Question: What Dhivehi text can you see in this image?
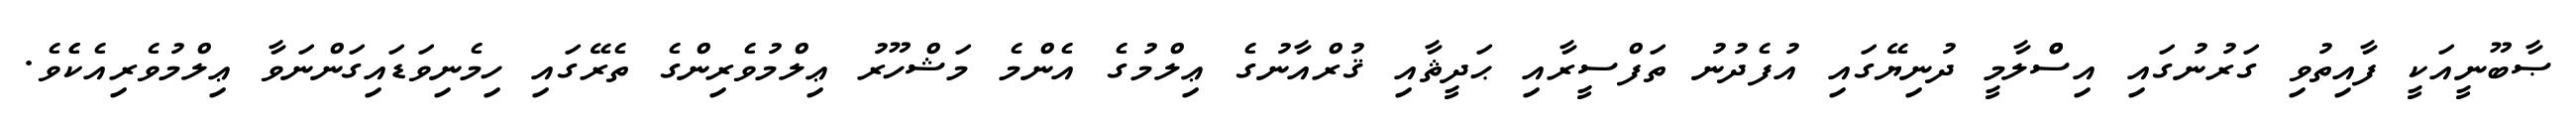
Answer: ޞާބޫނީއަކީ ފާއިތުވި ގަރުނުގައި އިސްްލާމީ ދުނިޔޭގައި އުފެދުނު ތަފްސީރާއި ޙަދީޘާއި ޤުރްއާނުގެ ޢިލްމުގެ އެންމެ މަޝްހޫރު ޢިލްމުވެރިންގެ ތެރޭގައި ހިމެނިވަޑައިގަންނަވާ ޢިލްމުވެރިއެކެެވެ.